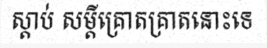
ស្តាប់ សម្តីគ្រោតគ្រាតនោះទេ